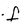
Character: f